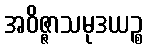
အဝိဇ္ဇာသမုဒယဉ္စ